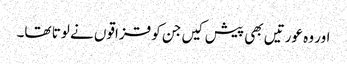
اور وہ عورتیں بھی پیش کیں جن کو قزاقوں نے لوتا تھا۔